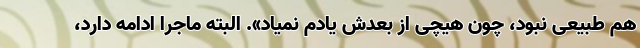
هم طبیعی نبود، چون هیچی از بعدش یادم نمیاد». البته ماجرا ادامه دارد،